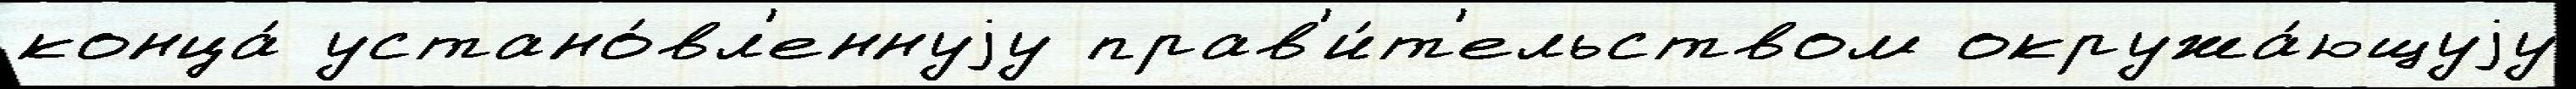
конца́ устано́вл'еннуjу прав'и́т'ельством окружа́ющуjу